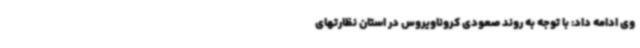
وی ادامه داد: با توجه به روند صعودی کروناویروس در استان نظارتهای